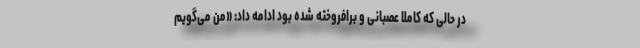
در حالی که کاملا عصبانی و برافروخته شده بود ادامه داد: «من می‌گویم